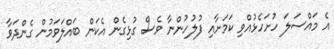
އެ މައްސަލަ ހުށަހެޅުއްވި ކަމަށާއި ފުލުހުންނާ ވެސް ގުޅިގެން އެކަން ބައްލަވަމުން ގެންދަވާ